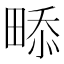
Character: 𤲖